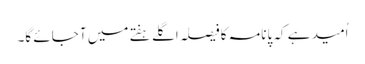
اُمید ہے کہ پانامہ کا فیصلہ اگلے ہفتے میں آ جائے گا۔